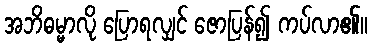
အဘိဓမ္မာလို ပြောရလျှင် ဇောပြန်၍ ကပ်လာ၏။